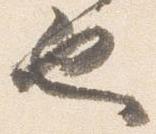
也